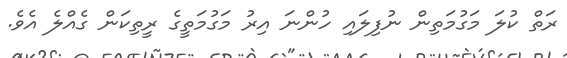
ރަތް ކުލަ މަގުމަތިން ނުފިލައި ހުންނަ އިރު މަގުމަތީގެ ރީތިކަން ގެއްލެ އެވެ.